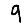
Digit: 9